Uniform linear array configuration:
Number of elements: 12
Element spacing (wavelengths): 0.75
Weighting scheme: hamming
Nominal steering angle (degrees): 15
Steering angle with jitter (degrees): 13.339
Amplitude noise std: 0.05
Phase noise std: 0.05

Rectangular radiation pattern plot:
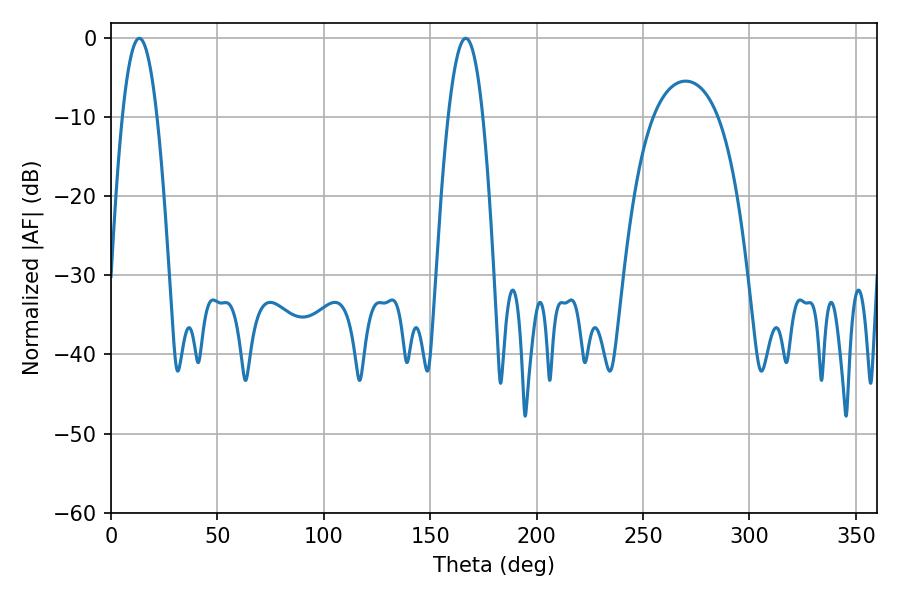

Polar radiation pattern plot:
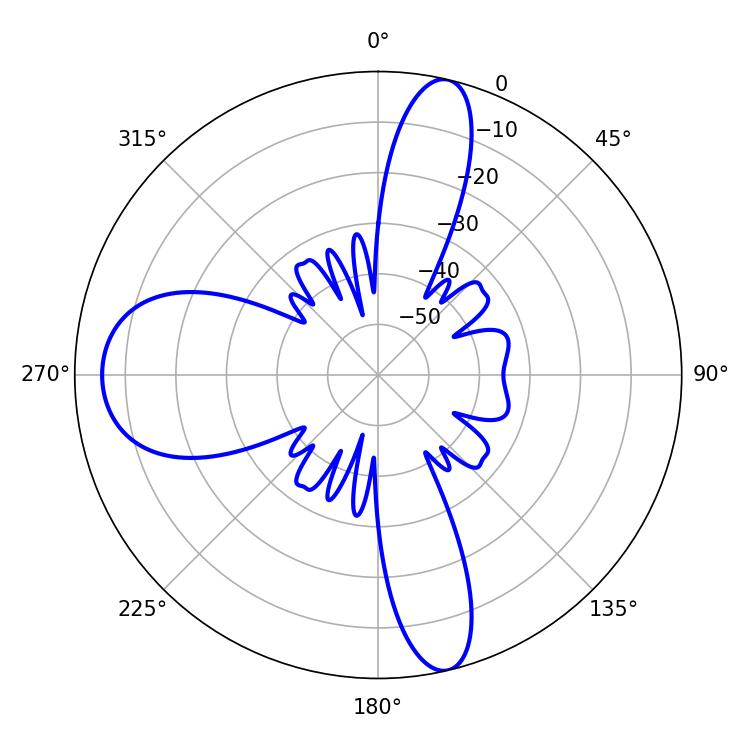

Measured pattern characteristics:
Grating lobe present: TRUE
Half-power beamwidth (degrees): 9
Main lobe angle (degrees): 13.32